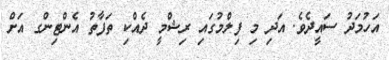
އަހުމަދު ސައީދެވެ. އަދި މި ފިލްމުގައި ރިޝްމީ ދެއްކި ތަފާތު އެންޓިންގ އަށް